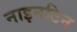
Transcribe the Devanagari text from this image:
नाइनटिन